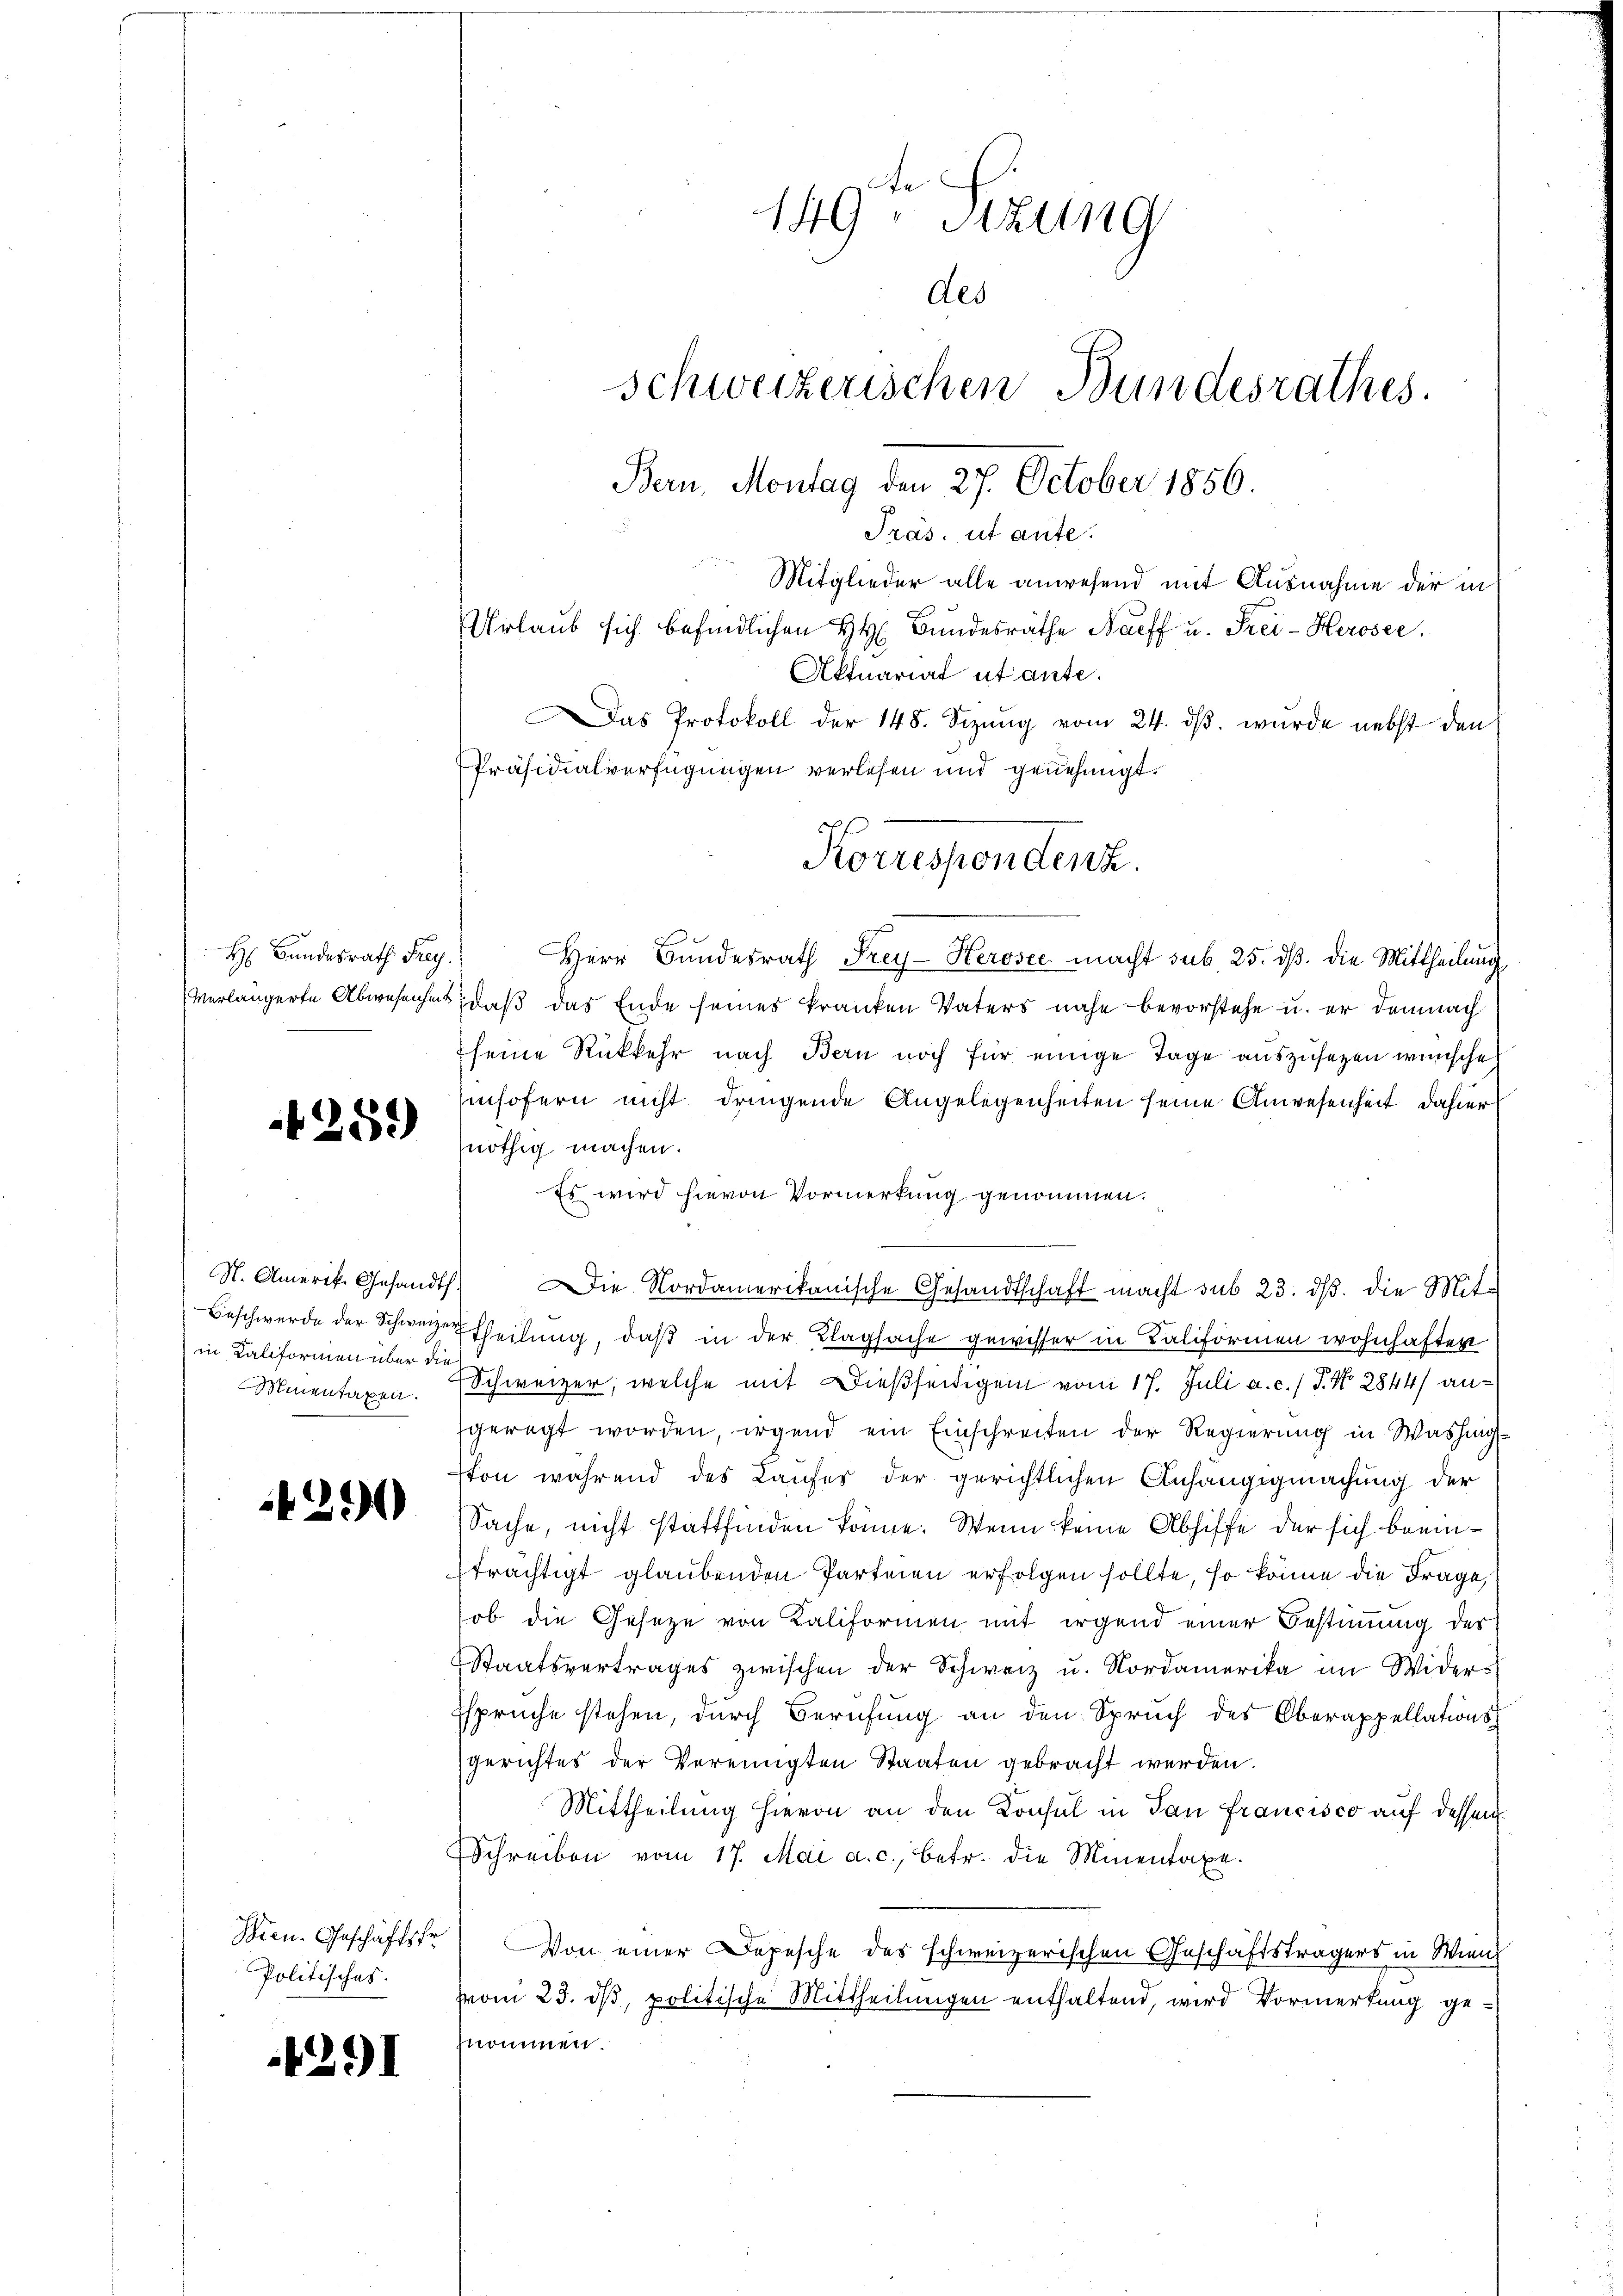
H: Bundesrath Frey

4259

in Kaliformen über die
Minentaxen.

4290

Politisches.

4291

149. Sizung
des
Schweizerischen Bundesrathes.
Bern, Montag den 27. October 1856.
Pras, ut ante.
Mitglieder alle anwesend mit Ausnahme der in
Urlaub sich befindlichen H. H. Bundesräthe Naeff u. Frei-Herosee.
Aktuariat utante.
Das Protokoll der 148. Sizŭng vom 24. dβ. wurde nebst den
Präsidialverfügungen verlesen und genehmigt.
Korrespondenz.

Herr Bundesrath Frey- Herosec macht sub 25. dß. die Mittheilung
verlängerte Abwesenheit, daß das Ende seines kranken Vaters nahe bevorstehe u. er demnach
seine Rückkehr nach Bern noch für einige Tage auszusetzen wünsche
insofern nicht dringende Angelegenheiten seine Anwesenheit dahier
nöthig machen.
Es wird hievon Vormerkung genommen.
N. Amerik. Gesandt. Die Nordamerikanische Gesandtschaft macht sub 23. ds. die Mit-
Beschwerde der Schweizer Theilŭng, daβ in der Klagsache gewisser in Kaliformen wohnhaften
Schweizer, welche mit Dießseitigem vom 17. Juli a.c. / P. Nr. 2844/ anfgeregt worden, irgend ein Einschreiten der Regierung in Washing
ton während des Laufes der gerichtlichen Anhängigmachung der
Sache, nicht stattfinden könne. Wenn keine Abhiffe der sich beeinträchtigt glaubenden Parteien erfolgen sollte, so könne die Frage,
ob die Geseze von Kaliformen mit irgend einer Bestimmung der
Staatsvertrages zwischen der Schweiz u. Nordamerika im Wider¬
Esprüche stehen, durch Berufung an den Spruch des Oberappellationsgerichtes der Vereinigten Staaten gebracht werden.
Mittheilung hievon an den Konsul in dan francisco auf dessen
Schreiben vom 17. Mai a. c., betr. die Minentaxe.
Wien. Geschäftsfr. Von einer Depesche des schweizerischen Geschäftsträgers in Wien
vom 23. ds, politische Mittheilungen enthaltend, wird Vormerkung ge-
nommen.